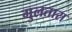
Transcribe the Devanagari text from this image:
गुलतारा